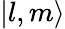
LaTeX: |l,m\rangle